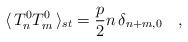
LaTeX: \begin{align*}\langle\,T^0_n T^0_m\,\rangle_{st} =\frac{p}{2}n\,\delta_{n+m,0} \quad,\end{align*}